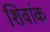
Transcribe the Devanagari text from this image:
शिवांक